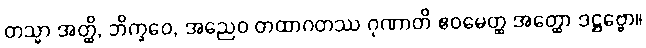
တသ္မာ အတ္ထိ, ဘိက္ခဝေ, အညေဝ တထာဂတဿ ဂုဏာတိ ဧဝမေတ္ထ အတ္ထော ဒဋ္ဌဗ္ဗော။